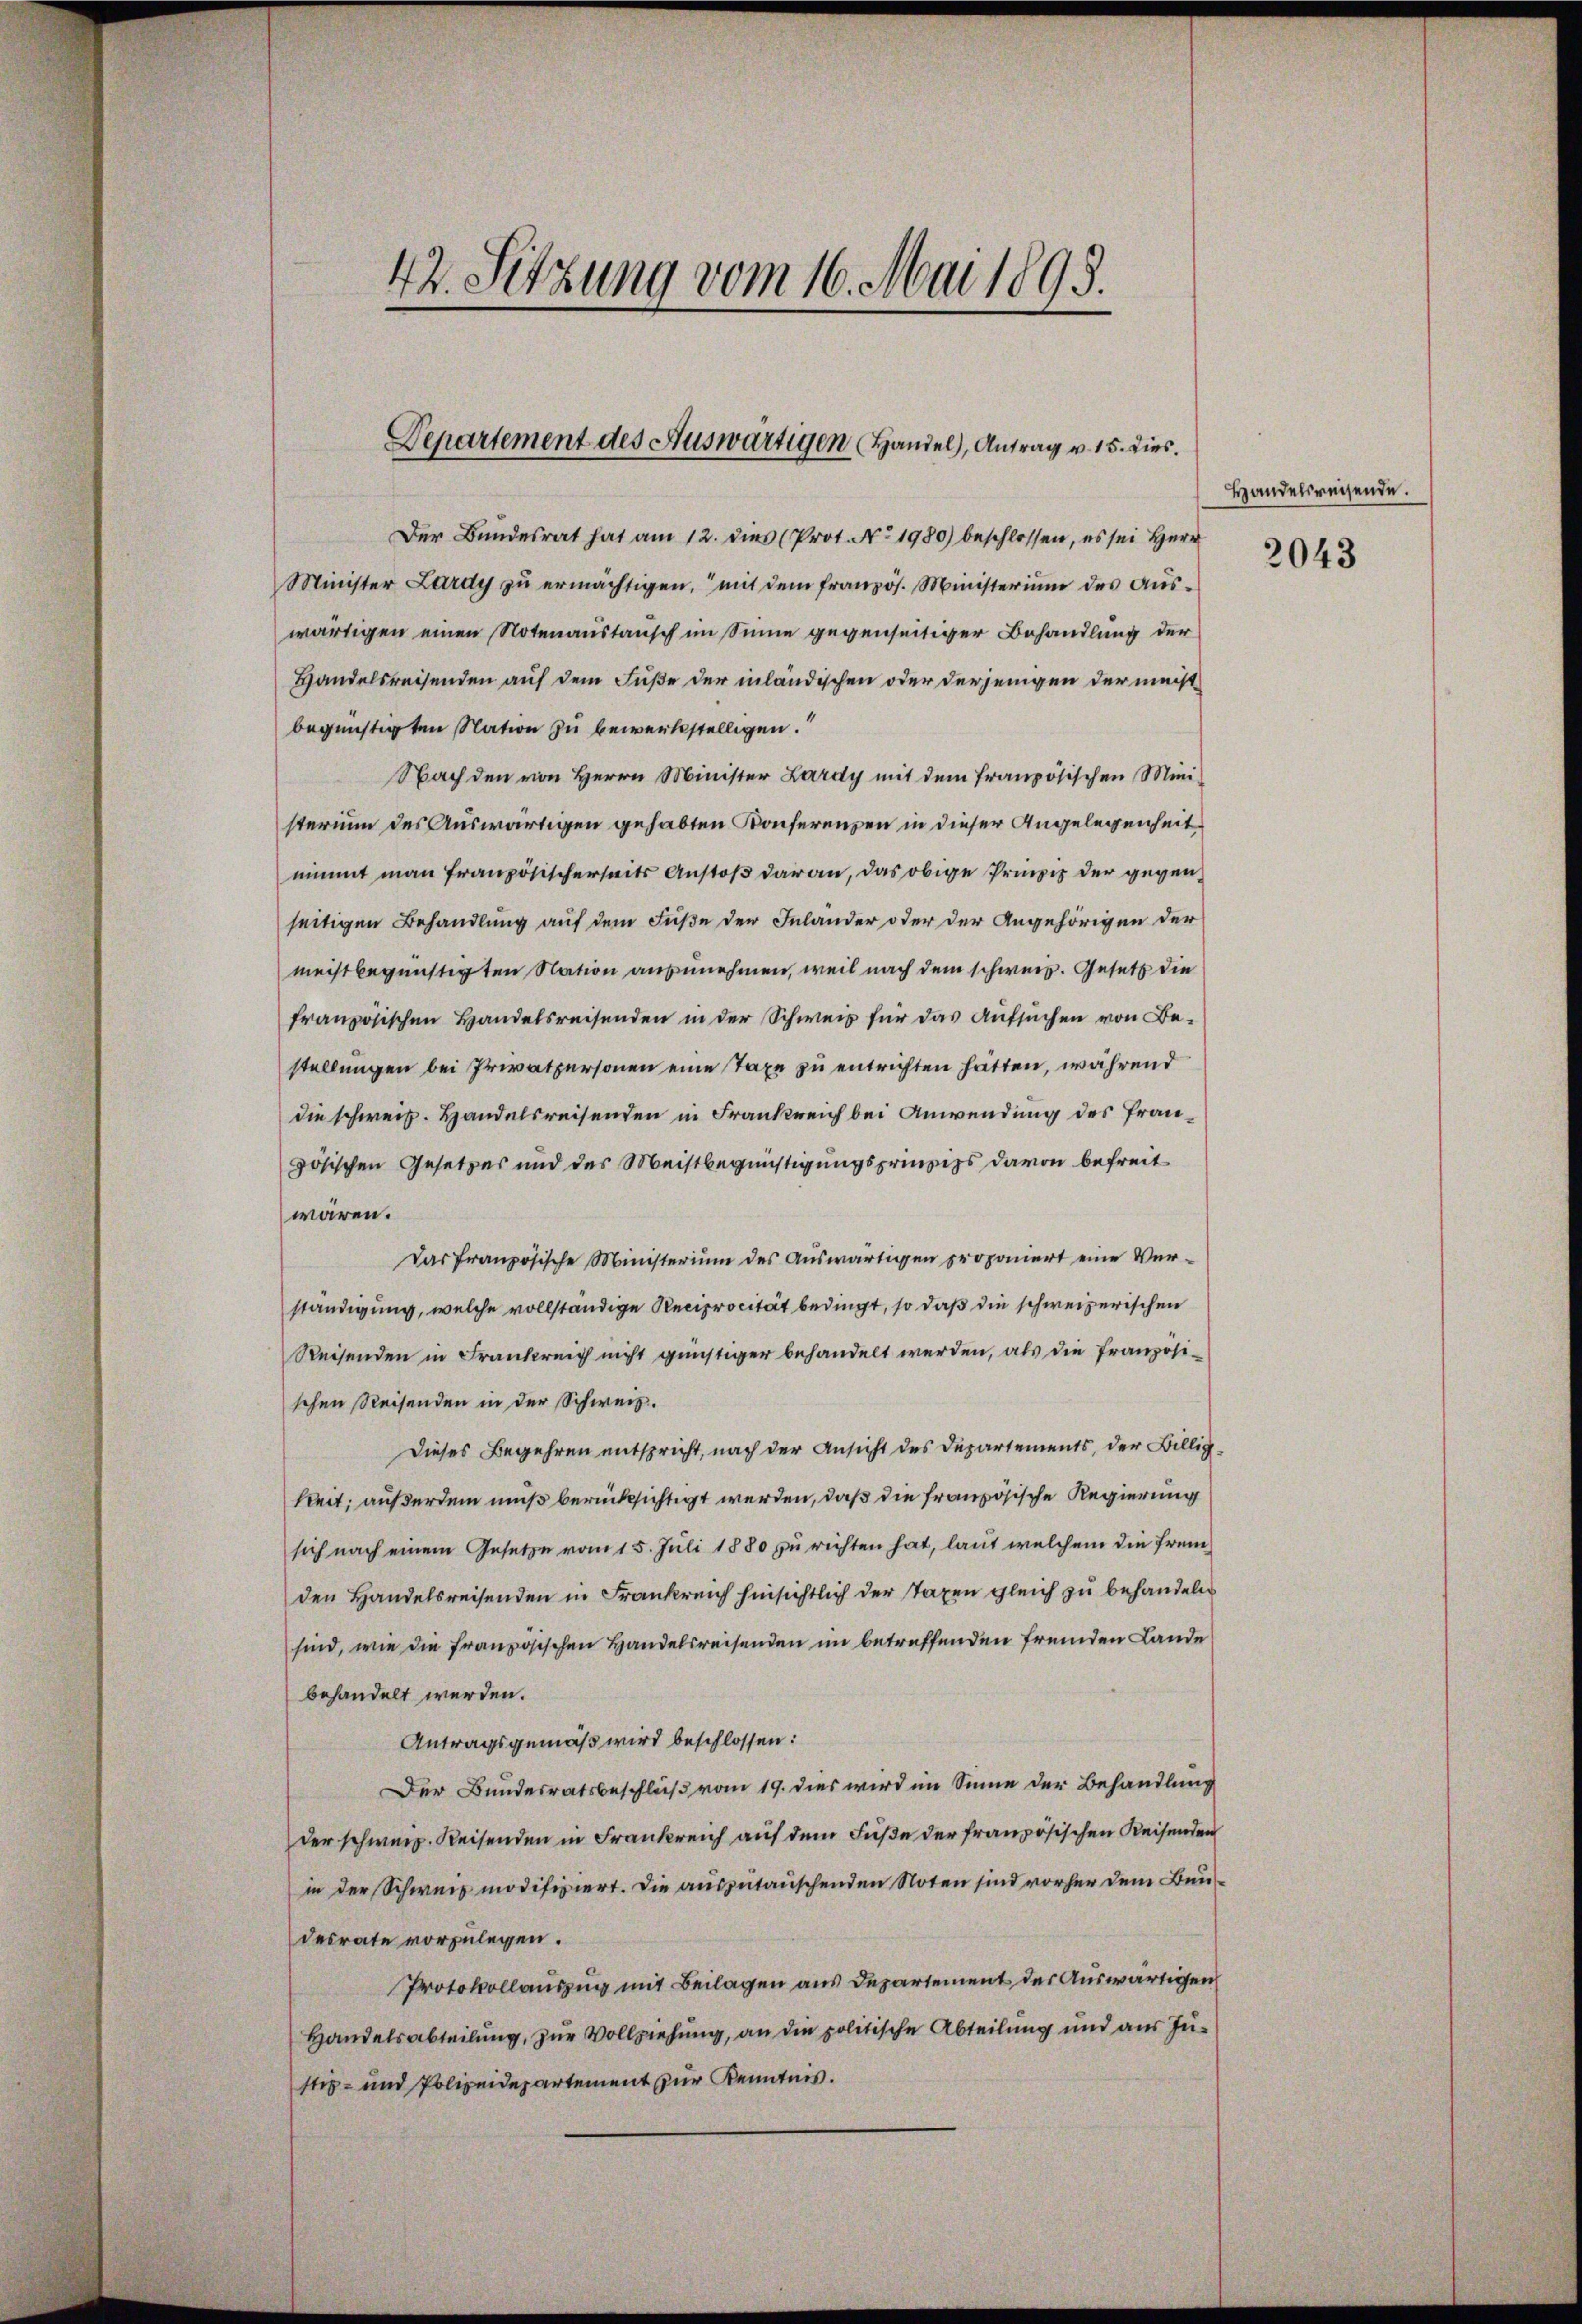
42. Setzung vom 16. Mai 1893.

Departement des Auswärtigen Handel, Antrag v. 15. Dies

Der Bundesrat hat am 12. dies (Prot. No. 1980) beschlossen, es sei Herr
Minister Lardy zŭ ermächtigen, mit dem französ. Ministerium des Aŭs-
wärtigen einen Notenaustausch im Sinne gegenseitiger Behandlung der
Handelsreisenden auf dem Fuße der inländischen oder derjenigen der meistbegünstigten Nation zu bewerkstelligen.
Nach den von Herrn Minister Lardy mit dem französischen Ministerium des Auswärtigen gehabten Konferenzen in dieser Angelegenheit
nimmt man französischerseits Anstoß daran, das obige Prinzip der gegenseitigen Behandlung auf dem Fuße der Inlander oder der Angehörigen der
meistbegünstigten Nation anzunehmen, weil nach dem schweiz. Gesetz die
französischen Handelsreisenden in der Schweiz für das Aufsuchen von Bestellungen bei Privatpersonen eine Taxe zu entrichten hätten, während
die schweiz. Handelsreisenden in Frankreich bei Anwendung des Französischen Gesetzes und des Meistbegünstigungsprinzips davon befreit
wären.
Das französische Ministerium des Auswärtigen proponiert eine Ver-
ständigung, welche vollständige Reciprocität bedingt, so daß die schweizerischen
Reisenden in Frankreich nicht günstiger behandelt werden, als die Französischen Reisenden in der Schweiz.
Dieses Begehren entspricht, nach der Ansicht des Departements, der Billigkeit; außerdem muß berücksichtigt werden, daß die französische Regierung
sich nach einem Gesetze vom 15. Juli 1880 zu richten hat, laut welchem die fremden Handelsreisenden in Frankreich hinsichtlich der Taxen gleich zu behandeln
sind, wie die französischen Handelsreisenden im betreffenden fremden Lande
behandelt werden.
Antragsgemäß wird beschlossen:
Der Bundesratsbeschluß vom 19. dies wird im Sinne der Behandlung
der schweiz. Reisenden in Frankreich auf dem Fuße der französischen Reisenden
in der Schweiz modifiziert. Die auszutauschenden Noten sind vorher dem Bundesrate vorzulegen.
Protokollauszug mit Beilagen aus Departement des Auswärtigen
Handelsabteilung, zur Vollziehung, an die politische Abteilung und aus Justiz- und Polizeidepartement zur Kenntnis.

Handelsreisende.

2043